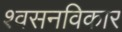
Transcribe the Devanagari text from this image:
श्वसनविकार